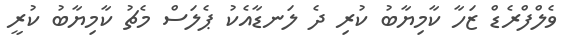
ވެލްފްރެޑް ޒަހާ ކާމިޔާބު ކުރި ދެ ލަނޑާއެކު ޕެލަސް މެޗު ކާމިޔާބު ކުރީ